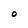
Character: O